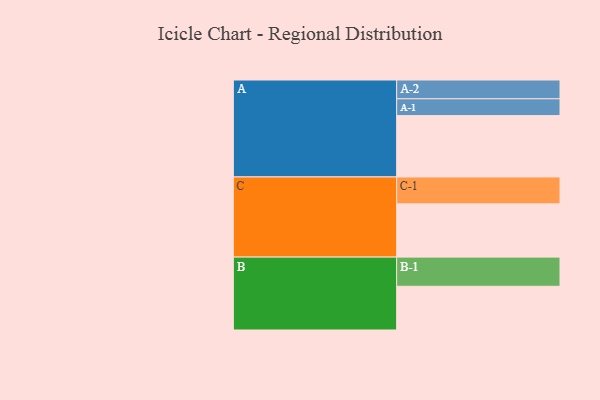
{"axis": {"x": "Segment", "y": "Value"}, "legend": ["", "A", "B", "C"], "data": [{"x": "A", "y": 591, "type": ""}, {"x": "B", "y": 421, "type": ""}, {"x": "C", "y": 513, "type": ""}, {"x": "A-1", "y": 162, "type": "A"}, {"x": "A-2", "y": 181, "type": "A"}, {"x": "B-1", "y": 281, "type": "B"}, {"x": "C-1", "y": 259, "type": "C"}]}